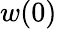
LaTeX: w(0)